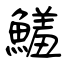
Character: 鱃